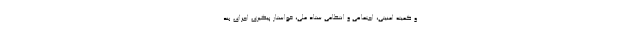
و کمیته امنیتی، اجتماعی و انتظامی ستاد ملی، خواستار پیگیری اجرای بند